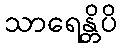
သာရေန္တိပိ